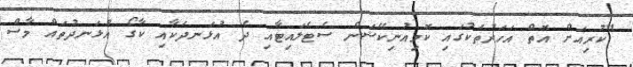
"ކުރިއަށް އޮތް އަހަރުތަކުގައި ކޮމިއުނިކޭޝަން ސެޓެލައިޓާއި ދެ އުޅަނދަކާއި ކާގޯ އުޅަނދުތައް މާސް